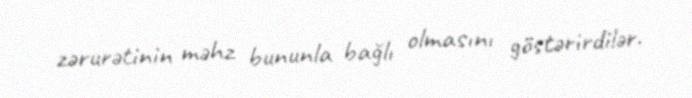
zərurətinin məhz bununla bağlı olmasını göstərirdilər.